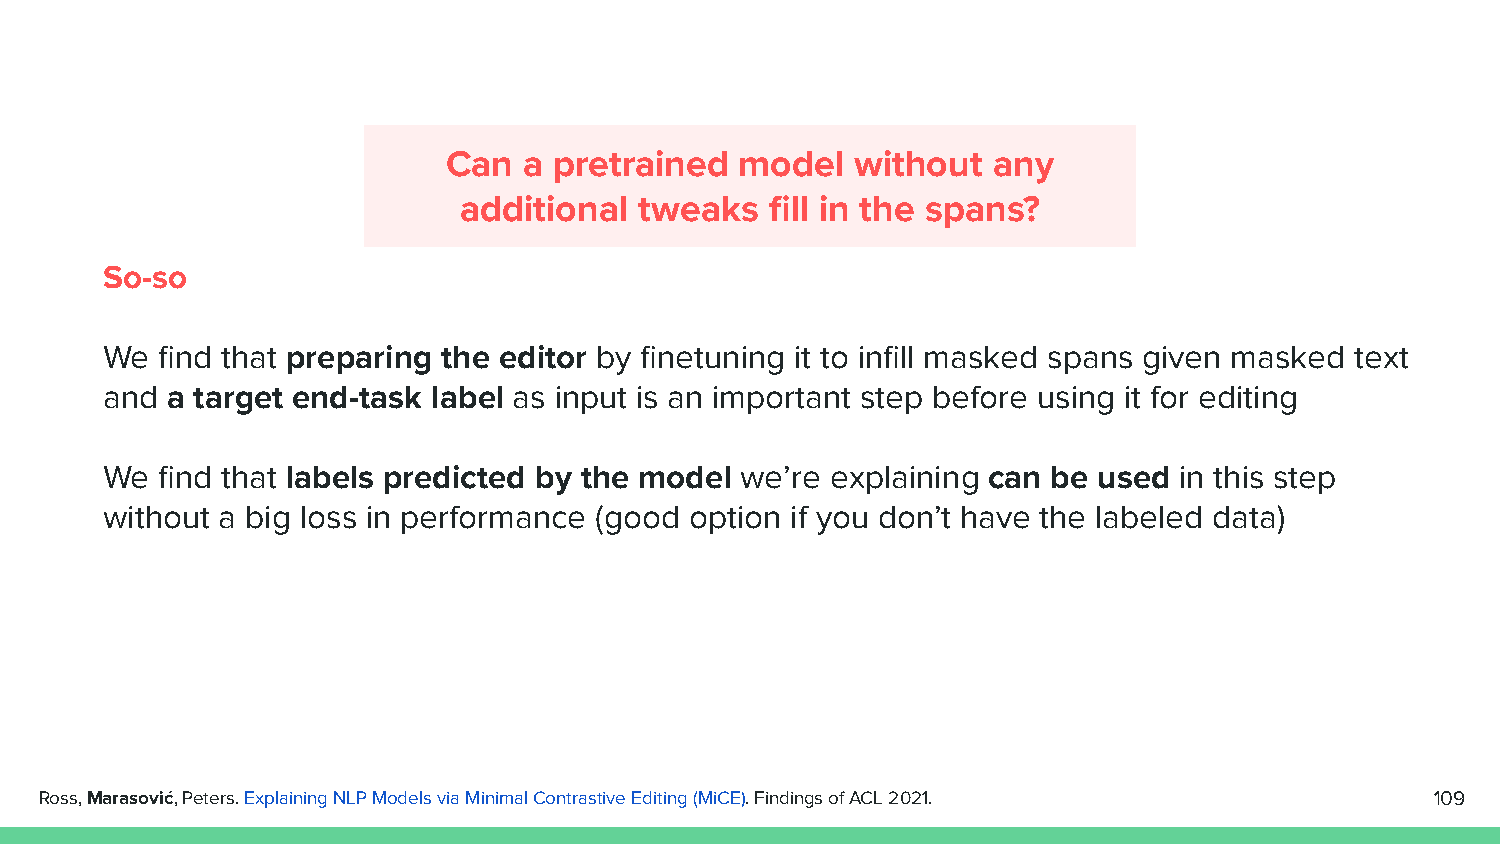
Can  a pretrained  model   without  any
 additional  tweaks   fill in the spans?
 So-so
 We  find that preparing the editor by finetuning it to infill masked spans given masked text
 and a target end-task label as input is an important step before using it for editing
 We  find that labels predicted by the model we’re explaining can be used in this step
 without a big loss in performance (good option if you don’t have the labeled data)
 Ross, Marasović, Peters. Explaining NLP Models via Minimal Contrastive Editing (MiCE). Findings of ACL 2021. 109